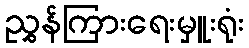
ညွှန်ကြားရေးမှူးရုံး